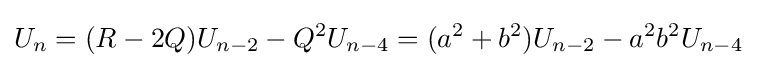
U_{n}=(R-2Q)U_{n-2}-Q^{2}U_{n-4}=(a^{2}+b^{2})U_{n-2}-a^{2}b^{2}U_{n-4}